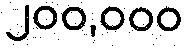
၂၀၀,၀၀၀